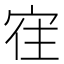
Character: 𰍀